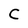
Character: C